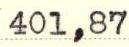
401,87